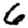
Digit: 6